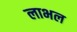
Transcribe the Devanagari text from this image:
लाभल